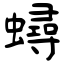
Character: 蟳